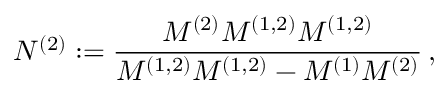
N ^ { ( 2 ) } : = \frac { M ^ { ( 2 ) } M ^ { ( 1 , 2 ) } M ^ { ( 1 , 2 ) } } { M ^ { ( 1 , 2 ) } M ^ { ( 1 , 2 ) } - M ^ { ( 1 ) } M ^ { ( 2 ) } } \, ,